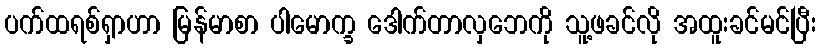
ပက်ထရစ်ရှာဟာ မြန်မာစာ ပါမောက္ခ ဒေါက်တာလှဘေကို သူ့ဖခင်လို အထူးခင်မင်ပြီး